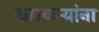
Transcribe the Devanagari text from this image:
धारकर्‍यांना